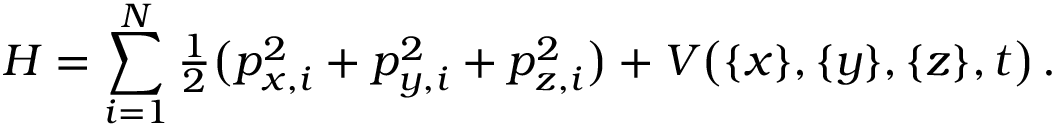
H = \sum _ { i = 1 } ^ { N } { \textstyle \frac { 1 } { 2 } } \big ( p _ { x , i } ^ { 2 } + p _ { y , i } ^ { 2 } + p _ { z , i } ^ { 2 } \big ) + V \big ( \{ x \} , \{ y \} , \{ z \} , t \big ) \, .